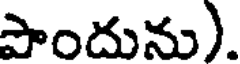
పాందును).